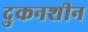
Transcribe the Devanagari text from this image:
दुकनशीन